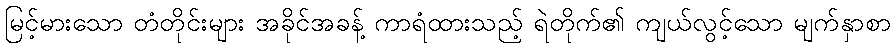
မြင့်မားသော တံတိုင်းများ အခိုင်အခန့် ကာရံထားသည့် ရဲတိုက်၏ ကျယ်လွင့်သော မျက်နှာစာ